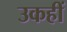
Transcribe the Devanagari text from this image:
उकहीं